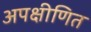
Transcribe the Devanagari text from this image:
अपक्षीणित